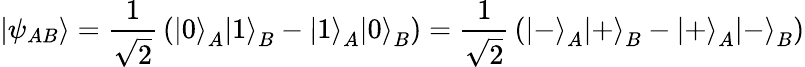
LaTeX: \left|\psi_{AB}\right\rangle={\frac{1}{\sqrt{2}}}\left(\left|0\right\rangle_{A}\left|1\right\rangle_{B}-\left|1\right\rangle_{A}\left|0\right\rangle_{B}\right)={\frac{1}{\sqrt{2}}}\left(\left|-\right\rangle_{A}\left|+\right\rangle_{B}-\left|+\right\rangle_{A}\left|-\right\rangle_{B}\right)